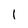
Character: l